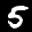
Label: 5